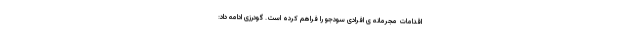
اقدامات مجرمانه ی افرادی سودجو را فراهم کرده است. گودرزی ادامه داد: